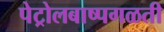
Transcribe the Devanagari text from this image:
पेट्रोलबाष्पगळती